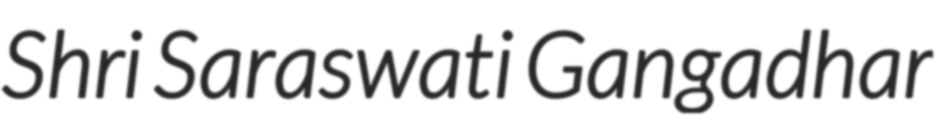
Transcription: Shri Saraswati Gangadhar